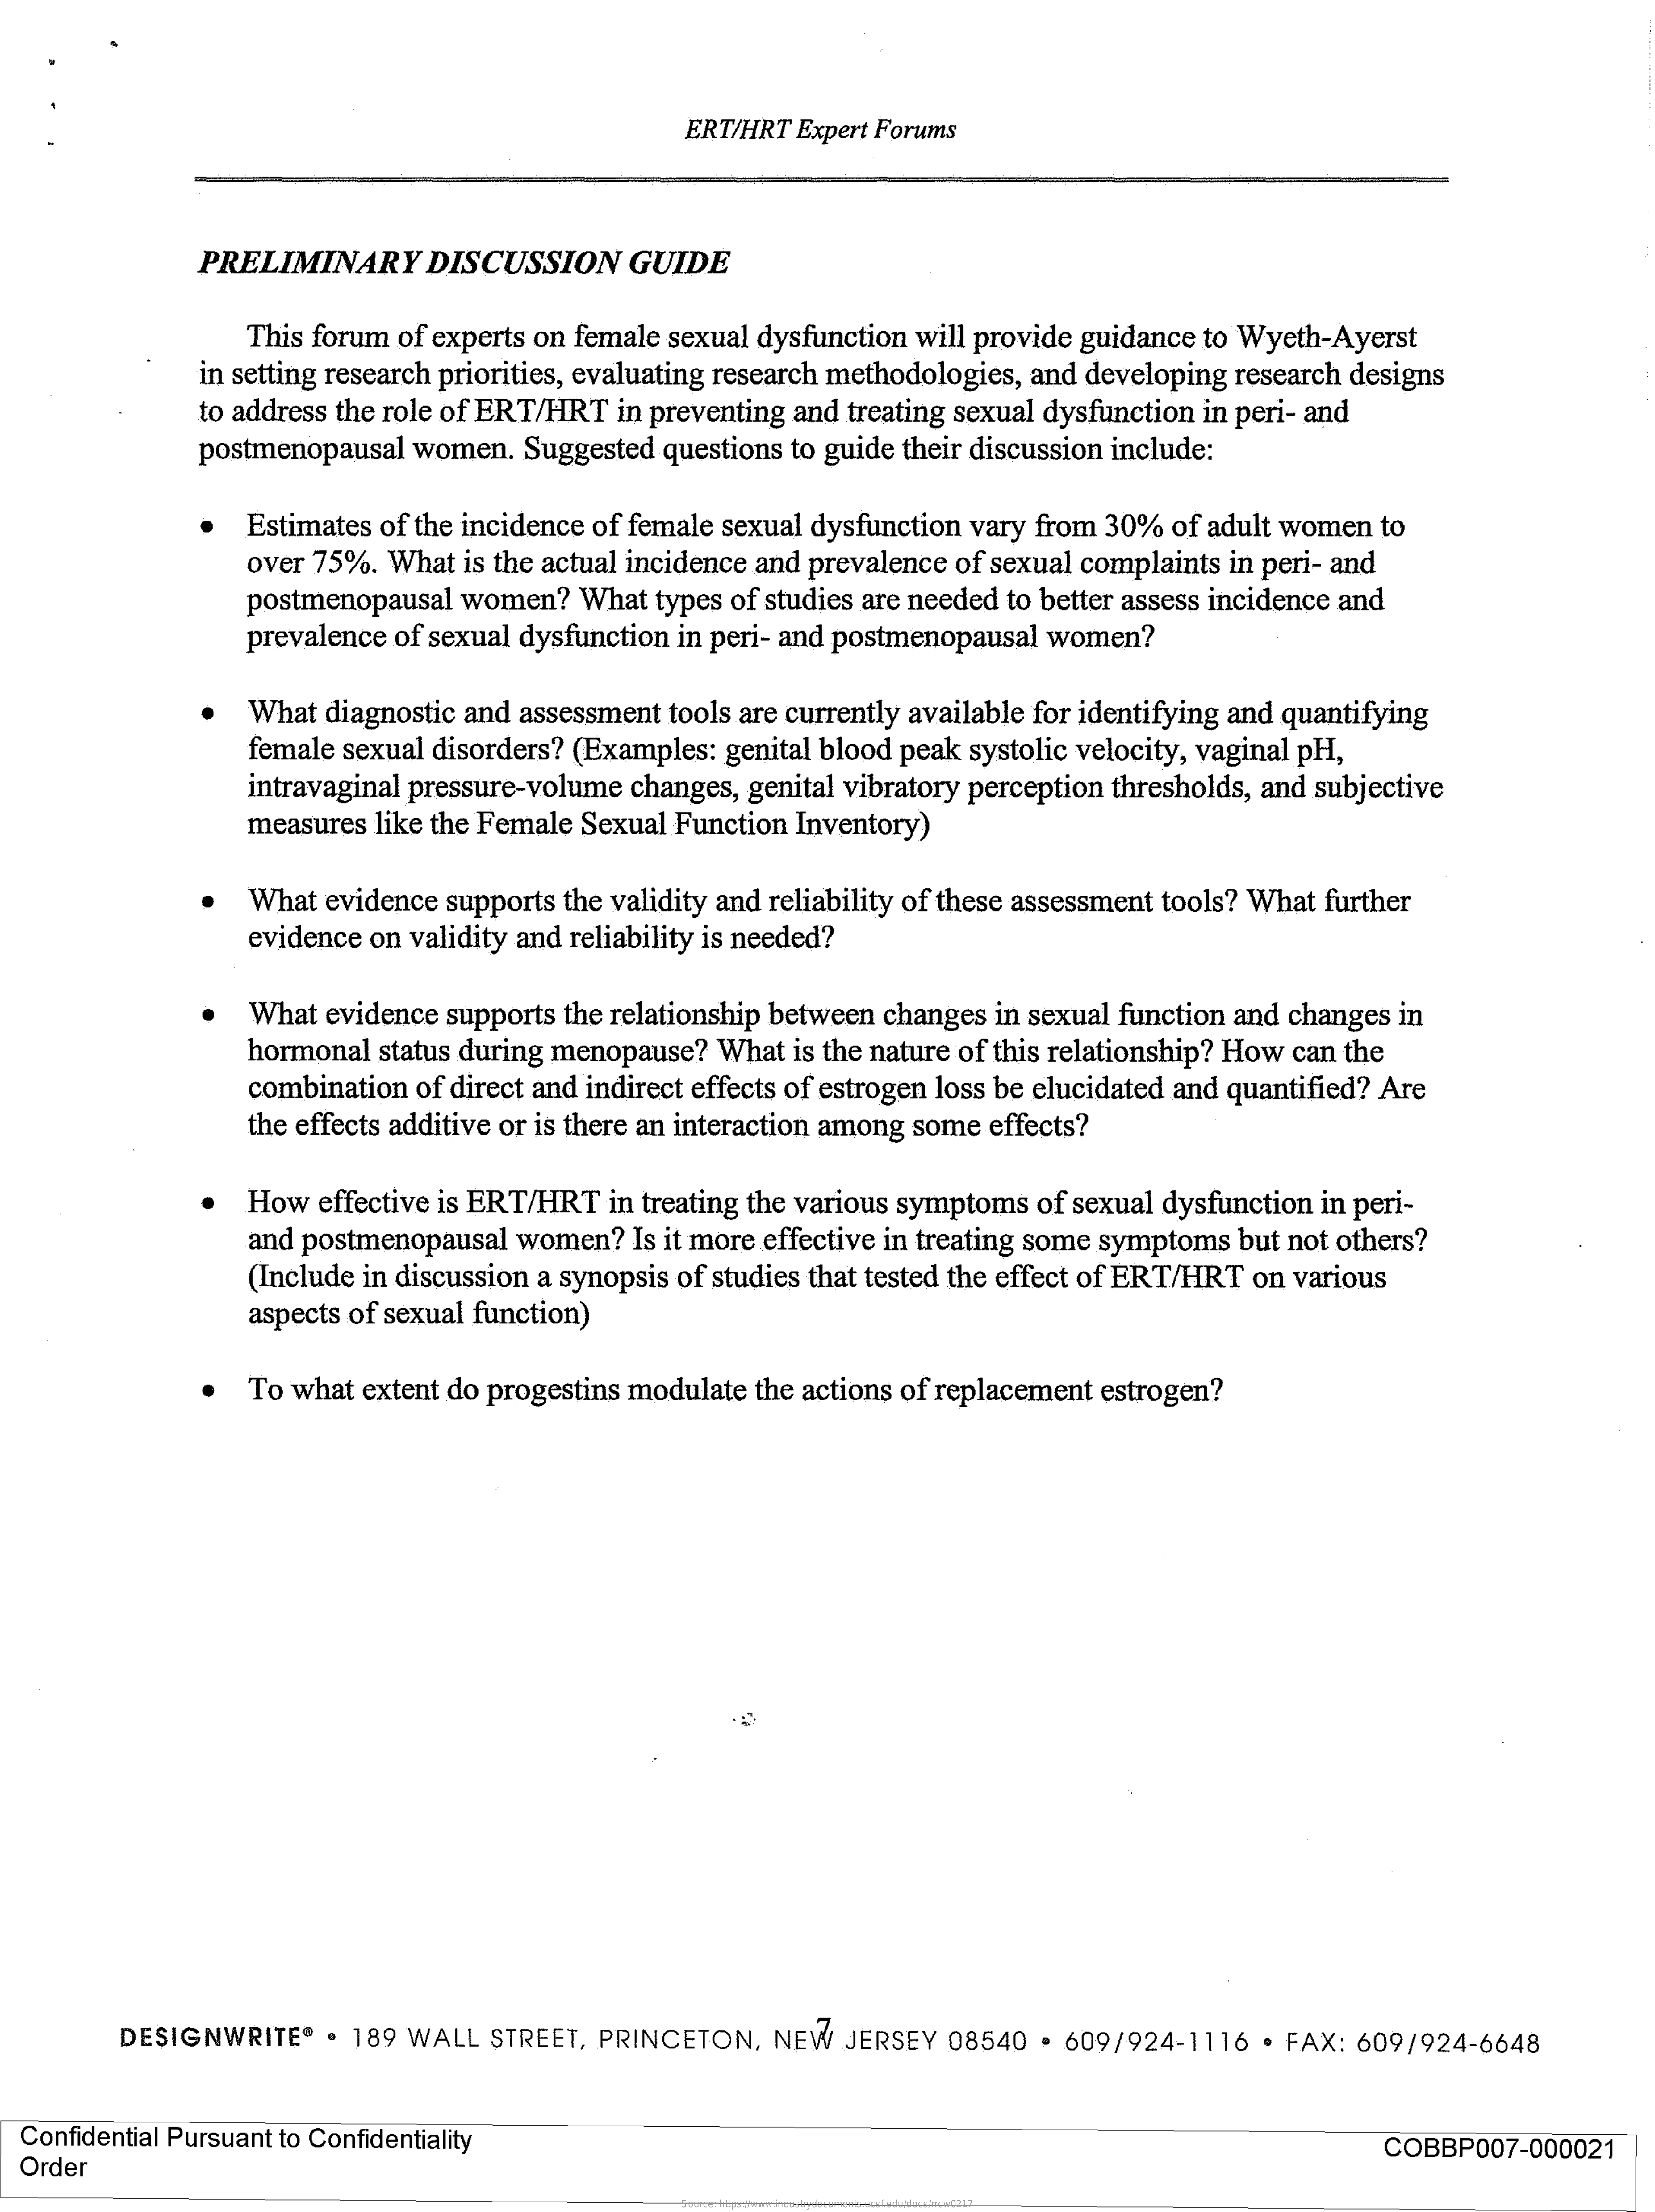
ERT/HRT Expert Forums
     PRELIMINARY    DISCUSSION    GUIDE
     This forum of experts on female sexual dysfunction will provide guidance to Wyeth-Ayerst
     in setting research priorities, evaluating research methodologies, and developing research designs
     to address the role of ERT/HRT in preventing and treating sexual dysfunction in peri- and
     postmenopausal women.  Suggested questions to guide their discussion include:
     Estimates of the incidence of female sexual dysfunction vary from 30% of adult women to
     over 75%. What is the actual incidence and prevalence of sexual complaints in peri- and
     postmenopausal women?  What types of studies are needed to better assess incidence and
     prevalence of sexual dysfunction in peri- and postmenopausal women?
     What diagnostic and assessment tools are currently available for identifying and quantifying
     female sexual disorders? (Examples: genital blood peak systolic velocity, vaginal pH,
     intravaginal pressure-volume changes, genital vibratory perception thresholds, and subjective
     measures like the Female Sexual Function Inventory)
     What  evidence supports the validity and reliability of these assessment tools? What further
     evidence on validity and reliability is needed?
     What evidence supports the relationship between changes in sexual function and changes in
     hormonal status during menopause? What is the nature of this relationship? How can the
     combination of direct and indirect effects of estrogen loss be elucidated and quantified? Are
     the effects additive or is there an interaction among some effects?
     How effective is ERT/HRT in treating the various symptoms of sexual dysfunction in peri-
     and postmenopausal women?  Is it more effective in treating some symptoms but not others?
     (Include in discussion a synopsis of studies that tested the effect of ERT/HRT on various
     aspects of sexual function)
     .  To  what extent do progestins modulate the actions of replacement estrogen?
     DESIGNWRITE®  . 189 WALL STREET, PRINCETON,  NEW   JERSEY 08540 . 609/924-1116  · FAX: 609/924-6648
  Confidential Pursuant to Confidentiality
  Order
     COBBP007-000021
     Source: https://www.industrydocuments.ucsf.edu/docs/rrcw0217